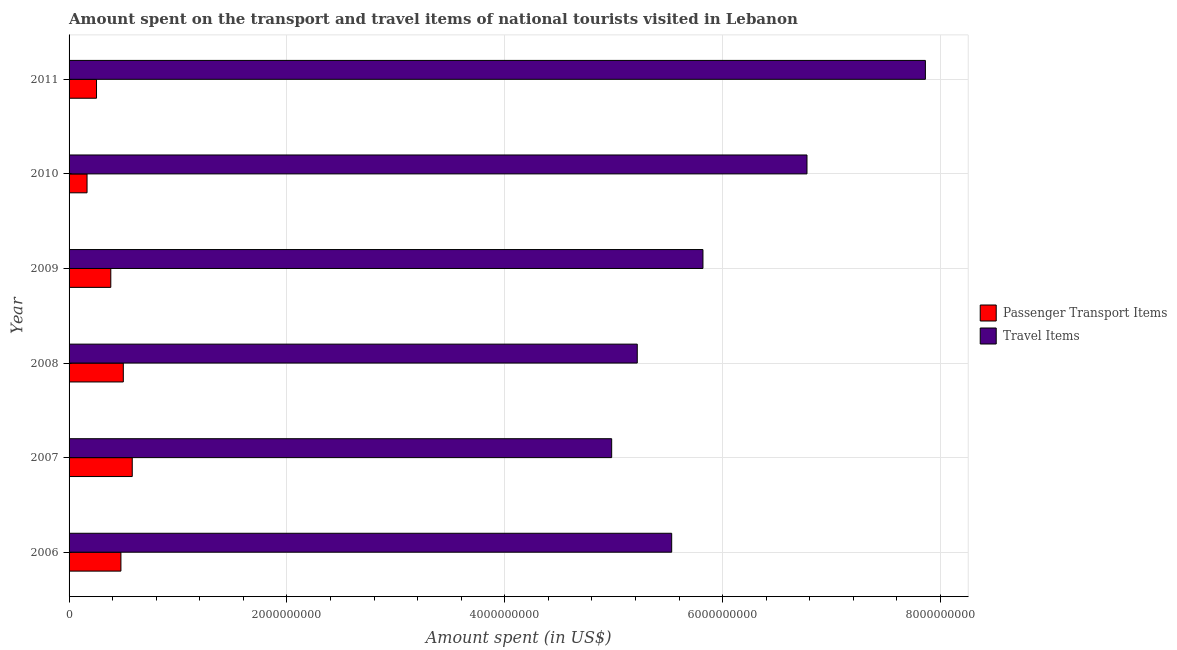
| Year | Passenger Transport Items | Travel Items |
 | --- | --- | --- |
 | 2006 | 4.76e+08 | 5.53e+09 |
 | 2007 | 5.8e+08 | 4.98e+09 |
 | 2008 | 4.98e+08 | 5.22e+09 |
 | 2009 | 3.83e+08 | 5.82e+09 |
 | 2010 | 1.65e+08 | 6.77e+09 |
 | 2011 | 2.52e+08 | 7.86e+09 |